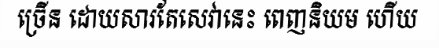
ច្រើន ដោយសារតែសេវានេះ ពេញនិយម ហើយ